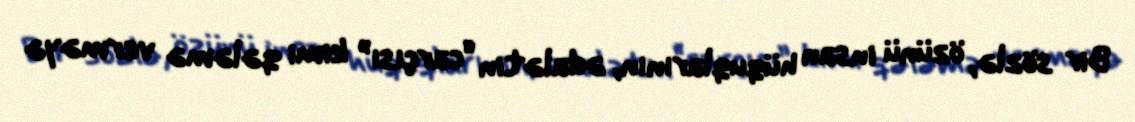
Bir sözlə, özünü insan hüquqlarının, ədalətin “carçısı” kimi qələmə verməyə